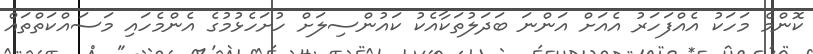
ކޮންމެ މަހަކު އެއްފަހަރު އެއަށް އަންނަ ބަދަލުތަކާއެކު ކައުންސިލަށް ހުށަހެޅުމުގެ އެންމެހައި މަސައްކަތްތައް